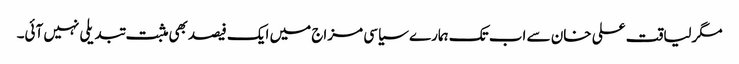
مگرلیاقت علی خان سے اب تک ہمارے سیاسی مزاج میں ایک فیصدبھی مثبت تبدیلی نہیں آئی۔